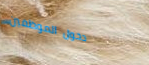
دخول الموظفين